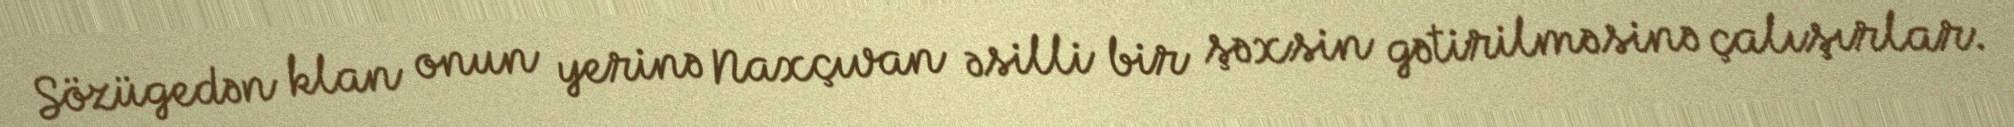
Sözügedən klan onun yerinə Naxçıvan əsilli bir şəxsin gətirilməsinə çalışırlar.